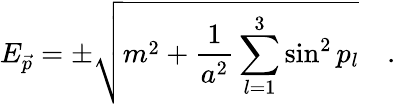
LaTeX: E_{\vec{p}}=\pm\sqrt{m^{2}+\frac{1}{a^{2}}\sum_{l=1}^{3}\sin^{2}p_{l}}\quad.